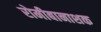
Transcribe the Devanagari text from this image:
रोमीबानाशक